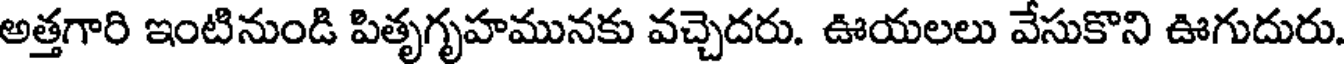
అత్తగారి ఇంటినుండి పితృగృహమునకు వచ్చెదరు. ఊయలలు వేసుకొని ఊగుదురు.